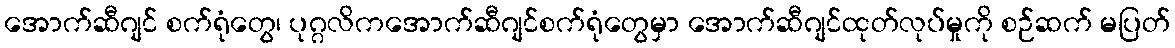
အောက်ဆီဂျင် စက်ရုံတွေ၊ ပုဂ္ဂလိကအောက်ဆီဂျင်စက်ရုံတွေမှာ အောက်ဆီဂျင်ထုတ်လုပ်မှုကို စဉ်ဆက် မပြတ်